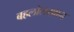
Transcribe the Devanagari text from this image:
बहलोलखान